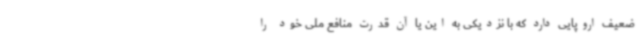
ضعیف اروپایی دارد که با نزدیکی به این یا آن قدرت منافع ملی خود را